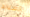
السلالم